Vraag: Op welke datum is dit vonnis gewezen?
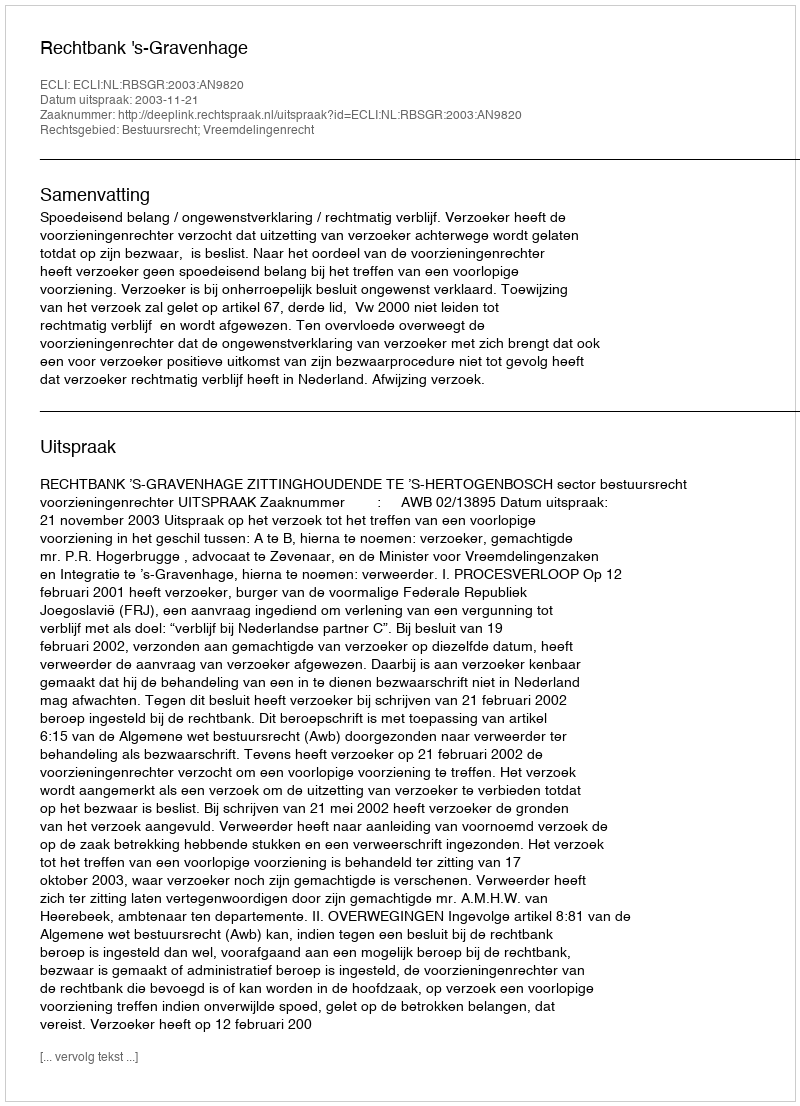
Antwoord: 2003-11-21